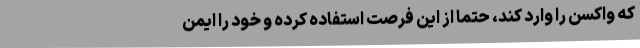
که واکسن را وارد کند، حتما از این فرصت استفاده کرده و خود را ایمن